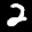
Label: 2